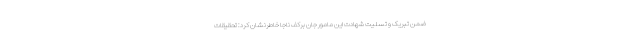
ضمن تبریک و تسلیت شهادت این مامور جان برکف ناجا خاطرنشان کرد: تحقیقات